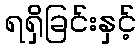
ရရှိခြင်းနှင့်